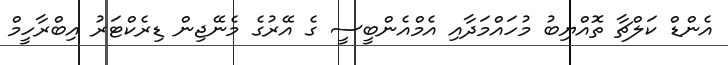
އެންޑް ކަލްޗާ ތޮއްޔިބު މުހައްމަދާއި އެމްއެންބީސީ ގެ އޭރުގެ މެނޭޖިން ޑިރެކްޓަރު އިބްރާހީމް